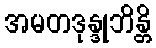
အမတဒုန္ဒုဘိန္တိ